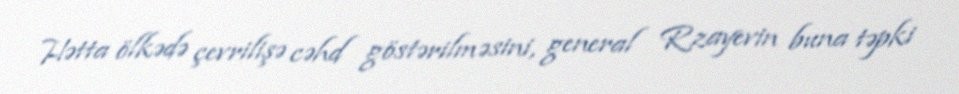
Hətta ölkədə çevrilişə cəhd göstərilməsini, general Rzayevin buna təpki